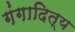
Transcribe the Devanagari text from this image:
गंगादित्य